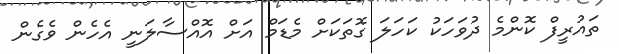
ތައުރީފް ކޮންމެ ދުވަހަކު ކަހަލަ ގޮތަކަށް މެޑަމް އަށް އޮއްސާލަނީ އެހެން ވެގެން